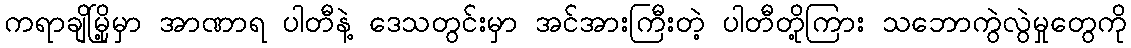
ကရာချိမြို့မှာ အာဏာရ ပါတီနဲ့ ဒေသတွင်းမှာ အင်အားကြီးတဲ့ ပါတီတို့ကြား သဘောကွဲလွဲမှုတွေကို